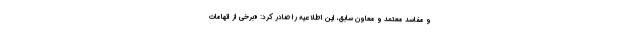
و مفاسد معتمد و معاون سابق، این اطلاعیه را صادر کرد: «برخی از اتهامات